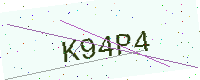
Text: K94P4